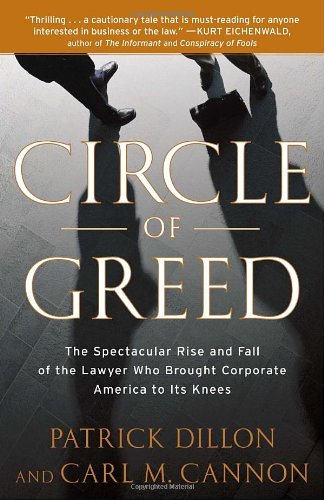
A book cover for Circle of Greed: The Spectacular Rise and Fall of the Lawyer Who Brought Corporate America to Its Knees; Patrick Dillon; Biographies & Memoirs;